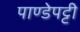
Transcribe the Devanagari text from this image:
पाण्डेपट्टी